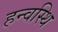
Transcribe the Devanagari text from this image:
हन्वस्थि